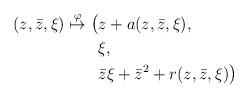
LaTeX: \begin{align*}\begin{aligned}(z,\bar{z},\xi) \overset{\varphi}{\mapsto}\bigl(& z + a(z,\bar z,\xi),\\& \xi,\\& \bar z \xi + {\bar z}^2 + r(z,\bar z,\xi)\bigr)\end{aligned}\end{align*}